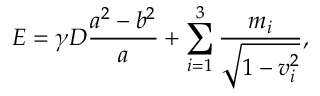
E = \gamma D \frac { a ^ { 2 } - b ^ { 2 } } a + \sum _ { i = 1 } ^ { 3 } \frac { m _ { i } } { \sqrt { 1 - v _ { i } ^ { 2 } } } ,